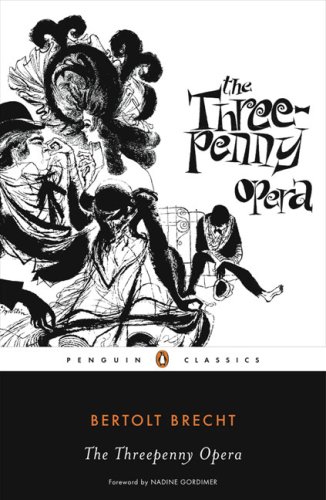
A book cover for The Threepenny Opera (Penguin Classics); Bertolt Brecht; Literature & Fiction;